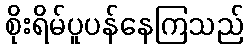
စိုးရိမ်ပူပန်နေကြသည်